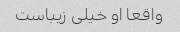
واقعا او خیلی زیباست